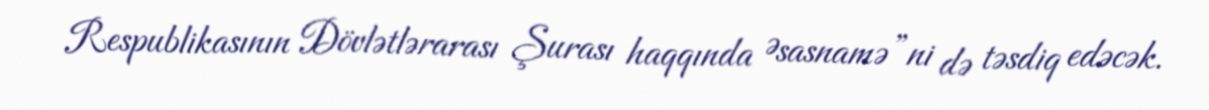
Respublikasının Dövlətlərarası Şurası haqqında Əsasnamə”ni də təsdiq edəcək.